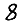
Digit: 8